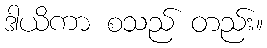
ဒါယိကာ စသည် တည်း။